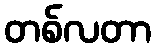
တစ်လတာ